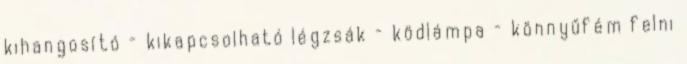
kihangosító – kikapcsolható légzsák – ködlámpa – könnyűfém felni